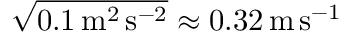
\sqrt { 0 . 1 \, \mathrm { { m } ^ { 2 } \, \mathrm { { s } ^ { - 2 } } } } \approx 0 . 3 2 \, \mathrm { { m } \, \mathrm { { s } ^ { - 1 } } }